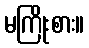
မကြိုးစား။